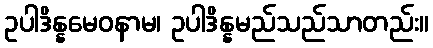
ဥပါဒိန္နမေဝနာမ၊ ဥပါဒိန္နမည်သည်သာတည်း။